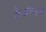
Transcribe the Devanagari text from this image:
कैडोर्णा